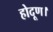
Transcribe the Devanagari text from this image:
होदूण।